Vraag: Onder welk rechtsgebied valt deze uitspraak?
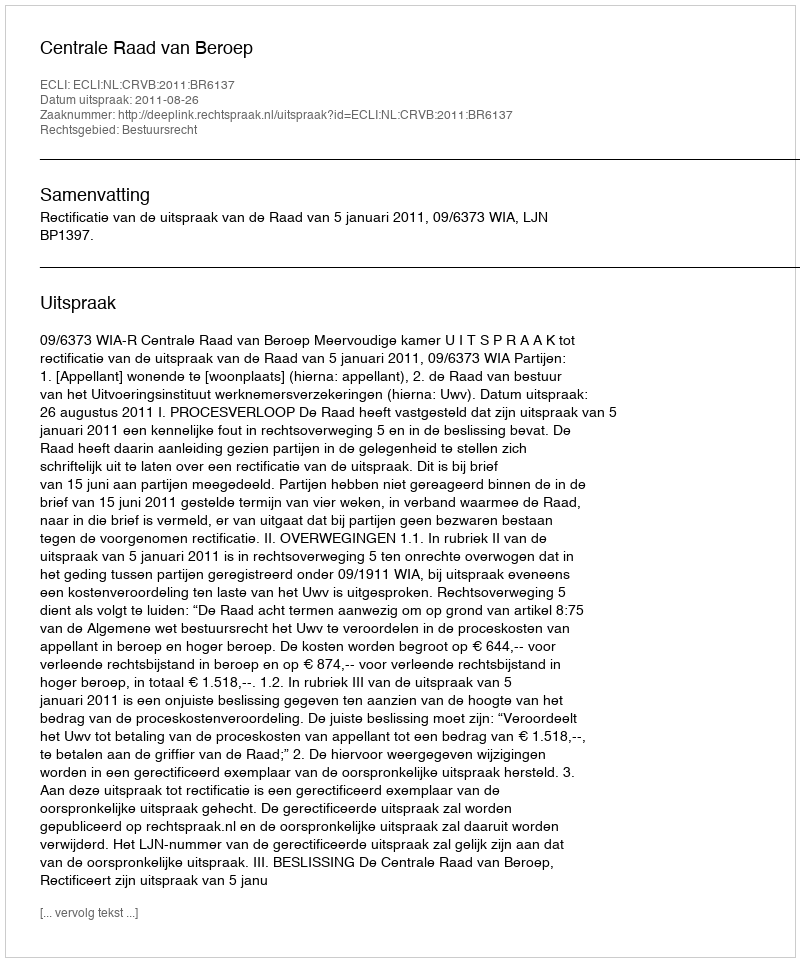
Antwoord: Bestuursrecht